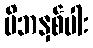
မိဘနှစ်ပါး